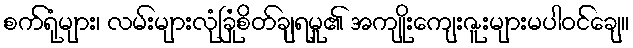
စက်ရုံများ၊ လမ်းများလုံခြုံစိတ်ချရမှု၏ အကျိုးကျေးဇူးများမပါဝင်ချေ။